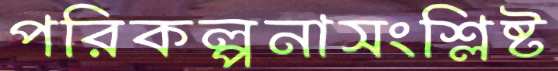
পরিকল্পনাসংশ্লিষ্ট